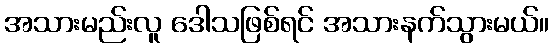
အသားမည်းလူ ဒေါသဖြစ်ရင် အသားနက်သွားမယ်။